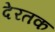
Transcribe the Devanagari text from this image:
देरतक